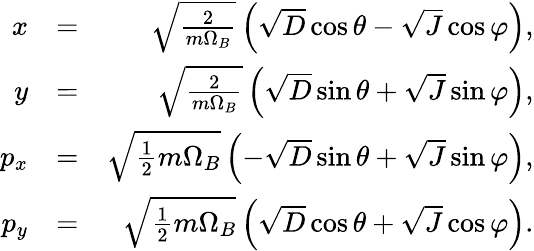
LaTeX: \begin{array}{rlr}{x}&{=}&{\sqrt{\frac{2}{m\Omega_{B}}}\left(\sqrt{D}\cos\theta-\sqrt{J}\cos\varphi\right),}\\ {y}&{=}&{\sqrt{\frac{2}{m\Omega_{B}}}\left(\sqrt{D}\sin\theta+\sqrt{J}\sin\varphi\right),}\\ {p_{x}}&{=}&{\sqrt{\frac{1}{2}m\Omega_{B}}\left(-\sqrt{D}\sin\theta+\sqrt{J}\sin\varphi\right),}\\ {p_{y}}&{=}&{\sqrt{\frac{1}{2}m\Omega_{B}}\left(\sqrt{D}\cos\theta+\sqrt{J}\cos\varphi\right).}\end{array}